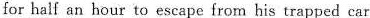
for half an hour to escape from his trapped car